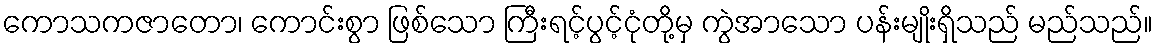
ကောသကဇာတော၊ ကောင်းစွာ ဖြစ်သော ကြီးရင့်ပွင့်ငုံတို့မှ ကွဲအာသော ပန်းမျိုးရှိသည် မည်သည်။